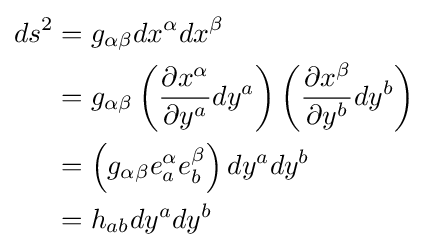
{\begin{aligned}ds^{2}&=g_{\alpha \beta }dx^{\alpha }dx^{\beta }\\&=g_{\alpha \beta }\left({\frac {\partial x^{\alpha }}{\partial y^{a}}}dy^{a}\right)\left({\frac {\partial x^{\beta }}{\partial y^{b}}}dy^{b}\right)\\&=\left(g_{\alpha \beta }e_{a}^{\alpha }e_{b}^{\beta }\right)dy^{a}dy^{b}\\&=h_{ab}dy^{a}dy^{b}\end{aligned}}